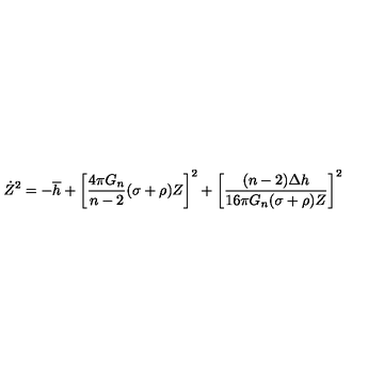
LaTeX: \dot { Z } ^ { 2 } = - \overline { { h } } + \left[ \frac { 4 \pi G _ { n } } { n - 2 } ( \sigma + \rho ) Z \right] ^ { 2 } + \left[ \frac { ( n - 2 ) \Delta h } { 1 6 \pi G _ { n } ( \sigma + \rho ) Z } \right] ^ { 2 }